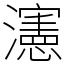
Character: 瀗